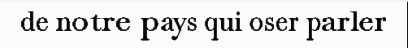
de notre pays qui oser parler